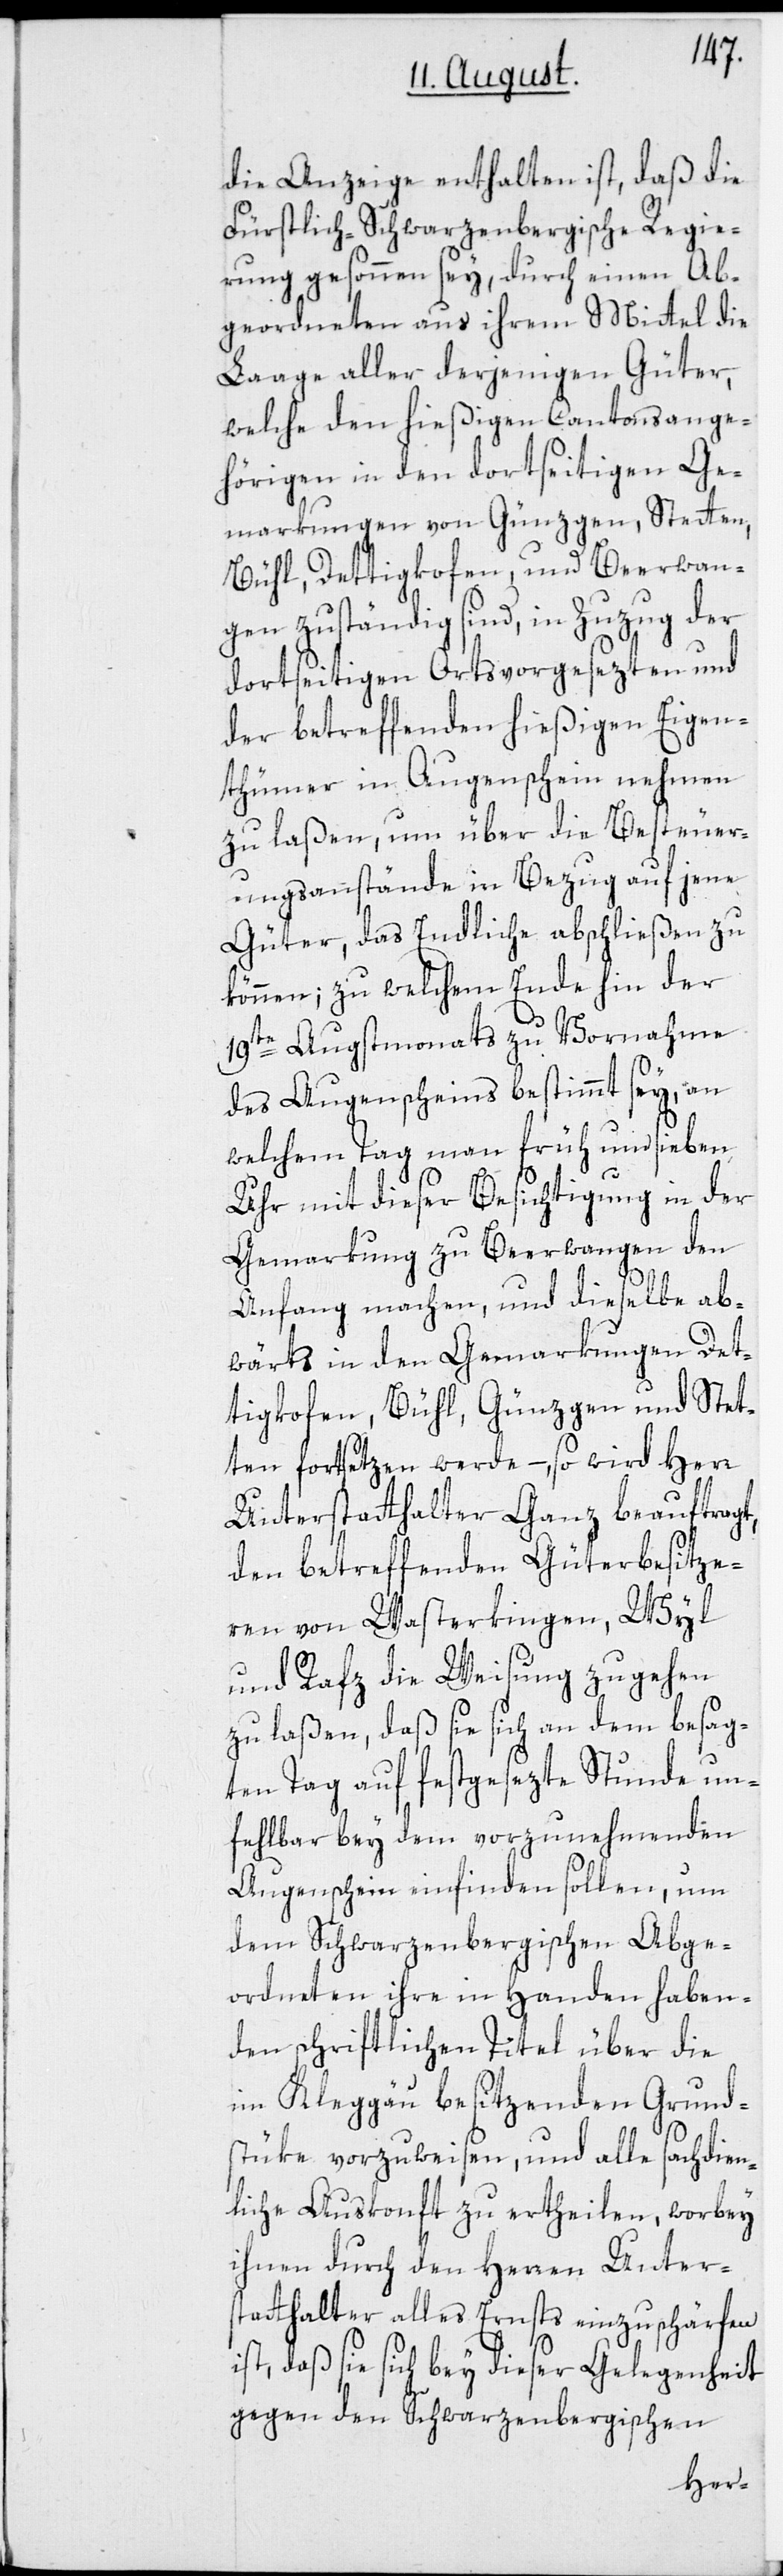
die Anzeige enthalten ist, daß die
Fürstlich-Schwarzenbergische Regie¬
rung gesonnen sey, durch einen Ab¬
geordneten aus ihrem Mittel die
Laage aller derjenigen Güter,
welche den hießigen Cantonsange¬
hörigen in den dortseitigen Ge¬
markungen von Günzgen, Stetten,
Bühl, Dettigkofen, und Beerwan¬
gen zuständig sind, in Zuzug der
dortseitigen Ortsvorgesezten und
der betreffenden hießigen Eigen¬
thümer in Augenschein nehmen
zu laßen, um über die Besteuer¬
ungsanstände in Bezug auf jene
Güter, das Endliche abschließen zu
können; zu welchem Ende hin der
19te Augstmonats zu Vornahme
des Augenscheins bestimmt sey, an
welchem Tag man früh um sieben
Uhr mit dieser Besichtigung in der
Gemarkung zu Beerwangen den
Anfang machen, und dieselbe ab¬
wärts in den Gemarkungen Det¬
tigkofen, Bühl, Günzgen und Stet¬
ten fortsetzen werde –, so wird Herr
Unterstatthalter Ganz beauftragt,
den betreffenden Güterbesitze¬
ren von Wasterkingen, Wyl
und Rafz die Weisung zugehen
zu laßen, daß sie sich an dem besag¬
ten Tag auf festgesezte Stunde un¬
fehlbar bey dem vorzunehmenden
Augenschein einfinden sollen, um
dem Schwarzenbergischen Abge¬
ordneten ihre in Handen haben¬
den schriftlichen Titel über die
im Kleggäu besitzenden Grund¬
stüke vorzuweisen, und alle sachdien¬
liche Auskonft zu ertheilen, worbey
ihnen durch den Herren Unter¬
statthalter alles Ernsts einzuschärfen
ist, daß sie sich bey dieser Gelegenheit
gegen den Schwarzenbergischen